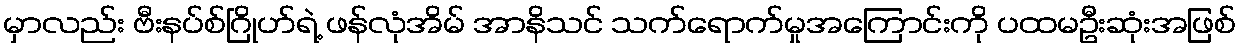
မှာလည်း ဗီးနပ်စ်ဂြိုဟ်ရဲ့ ဖန်လုံအိမ် အာနိသင် သက်ရောက်မှုအကြောင်းကို ပထမဦးဆုံးအဖြစ်